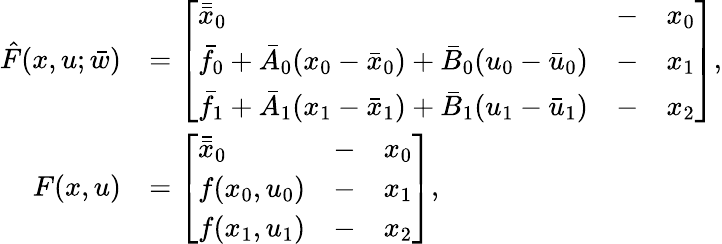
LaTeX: \begin{array}{rl}{\hat{F}(x,u;\bar{w})}&{=\left[\begin{array}{lll}{\bar{\bar{x}}_{0}}&{-}&{x_{0}}\\ {\bar{f}_{0}+\bar{A}_{0}(x_{0}-\bar{x}_{0})+\bar{B}_{0}(u_{0}-\bar{u}_{0})}&{-}&{x_{1}}\\ {\bar{f}_{1}+\bar{A}_{1}(x_{1}-\bar{x}_{1})+\bar{B}_{1}(u_{1}-\bar{u}_{1})}&{-}&{x_{2}}\end{array}\right],}\\ {F(x,u)}&{=\left[\begin{array}{lll}{\bar{\bar{x}}_{0}}&{-}&{x_{0}}\\ {f(x_{0},u_{0})}&{-}&{x_{1}}\\ {f(x_{1},u_{1})}&{-}&{x_{2}}\end{array}\right],}\end{array}